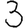
Digit: 3